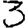
Digit: 3